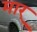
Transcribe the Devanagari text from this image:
मार्